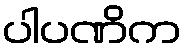
ပါပဏိက